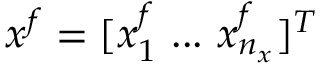
x ^ { f } = [ x _ { 1 } ^ { f } \ . . . \ x _ { n _ { x } } ^ { f } ] ^ { T }